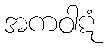
အကဝါဋံ